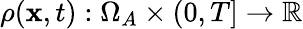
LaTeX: \rho(\mathbf{x},t):\Omega_{A}\times(0,T]\rightarrow\mathbb{R}